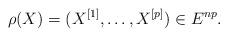
LaTeX: \begin{align*}\rho(X) = (X^{[1]},\dots,X^{[p]})\in E^{np}.\end{align*}